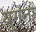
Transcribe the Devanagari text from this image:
युगनो